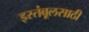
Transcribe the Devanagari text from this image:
इस्तंबूलसाठी